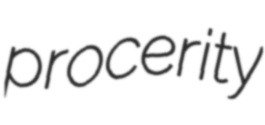
procerity